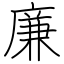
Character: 廉